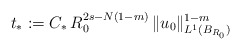
\begin{align*}t_*:=C_* \,R_0^{2s-N(1-m)}\,\|u_0\|_{ L^1(B_{R_0})}^{1-m}\end{align*}